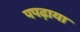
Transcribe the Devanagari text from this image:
पपढ़ाया